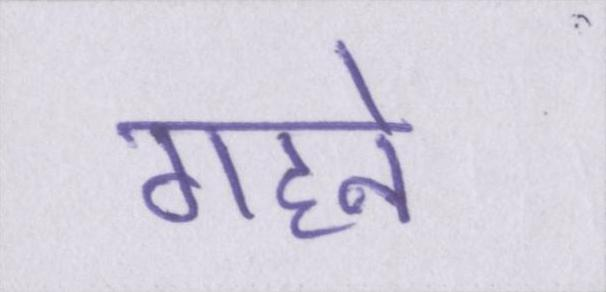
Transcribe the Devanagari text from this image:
गहने